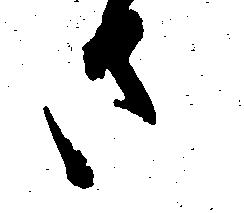
さ